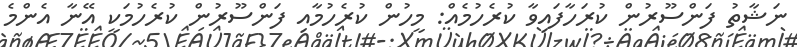
ނަޝާތު ފަންސޫރުން ކުރަހާފައިވާ ކުރެހުމެއް: މީހުން ކުރެހުމާއި ފަންސޫރުން ކުރެހުމަކީ އޭނާ އެންމެ